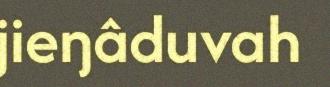
jieŋâduvah